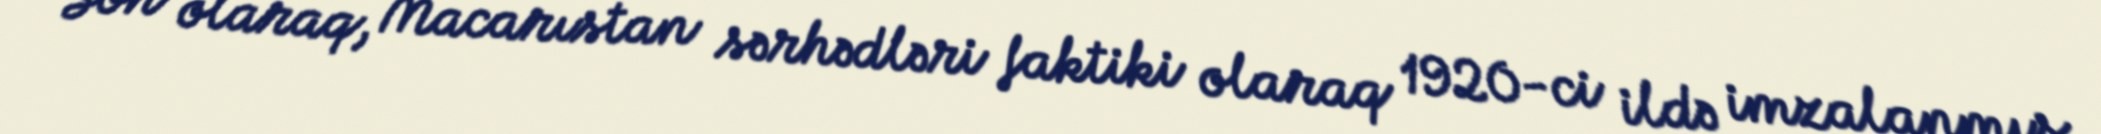
Son olaraq, Macarıstan sərhədləri faktiki olaraq 1920-ci ildə imzalanmış